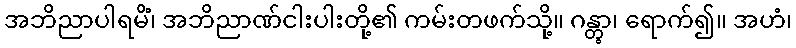
အဘိညာပါရမိံ၊ အဘိညာဏ်ငါးပါးတို့၏ ကမ်းတဖက်သို့။ ဂန္တွာ၊ ရောက်၍။ အဟံ၊